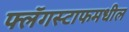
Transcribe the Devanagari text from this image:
फ्लॅगस्टाफमधील